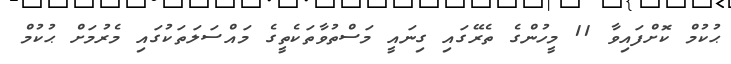
ޙުކުމް ކޮށްފައިވާ 11 މީހުންގެ ތެރޭގައި ގިނައީ މަސްތުވާތަކެތީގެ މައްސަލަތަކުގައި މެރުމަށް ޙުކުމް